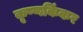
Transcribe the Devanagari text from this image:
कृष्णकिंकर